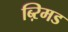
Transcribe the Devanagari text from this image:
ब्ऱिमड